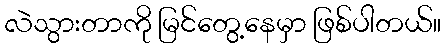
လဲသွားတာကို မြင်တွေ့နေမှာ ဖြစ်ပါတယ်။